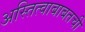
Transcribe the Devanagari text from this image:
अस्तित्वाबाबतची